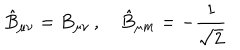
\hat { B } _ { \mu \nu } = B _ { \mu \nu } \, , \hat { B } _ { \mu m } = - \frac { 1 } { \sqrt { 2 } }